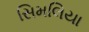
સિમલિયા